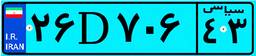
۲۶D۷۰۶۴۳